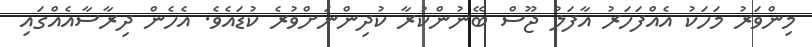
މިންވަރު މަހަކު އެއްފަހަރު އާފަލު ޖޫސް ބޭނުންކުރާ ކުދިންނަށްވުރެ ކުޑައެވެ. އެހެން ދިރާސާއެއްގައި